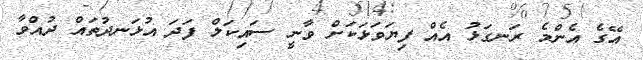
އޭގެ އެންމެ ރަނގަޅު އެއް ފިޔަވަޅަކަށް ވާނީ ސައިކަލް ފަދަ އުޅަނދުތައް ދުއްވާ